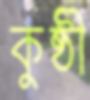
কুষ্ঠী